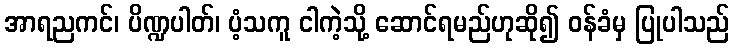
အာရညကင်၊ ပိဏ္ဍပါတ်၊ ပံ့သကူ ငါကဲ့သို့ ဆောင်ရမည်ဟုဆို၍ ဝန်ခံမှ ပြုပါသည်